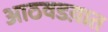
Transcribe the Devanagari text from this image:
आठवडय़ात